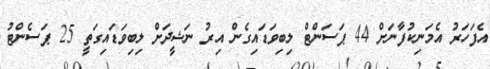
އެފަހަރު އެމަނިކުފާނަށް 44 ޕަސަންޓް ލިބިވަޑައިގެން އިރު ނަޝީދަށް ލިބިވަޑައިގަތީ 25 ޕަސެންޓު